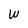
Character: W